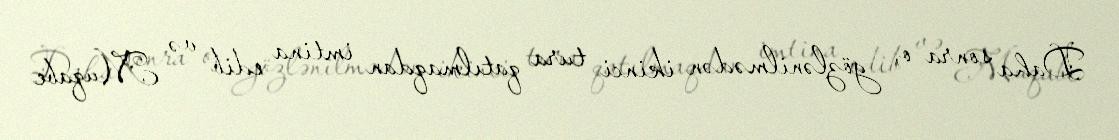
Daha sonra o, gözlənilmədən ikinci tura qatılmaqdan imtina edib və Muqabe